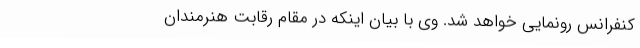
کنفرانس رونمایی خواهد شد. وی با بیان اینکه در مقام رقابت هنرمندان